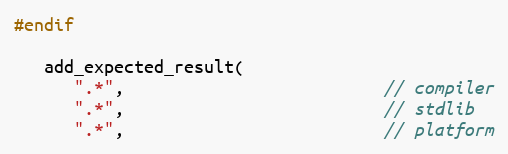
Language: C++
#endif

   add_expected_result(
      ".*",                          // compiler
      ".*",                          // stdlib
      ".*",                          // platform